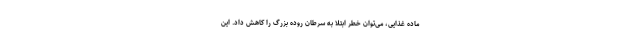
ماده غذایی، می‌توان خطر ابتلا به سرطان روده بزرگ را کاهش داد. این